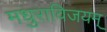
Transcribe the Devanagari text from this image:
मधुराविजयम्